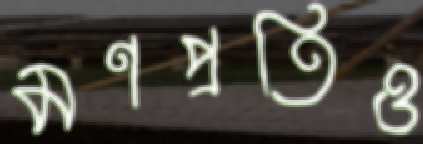
মণপ্রতিও